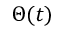
\Theta ( t )